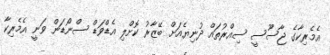
އެމެރިކާގެ ޖާސޫސީ ސިއްރުތައް ދުނިޔެއަށް ބޭޒާރު ކޮށްލި އެޑްވަޑް ސްނޯޑަން ވަނީ އެމެރިކާ